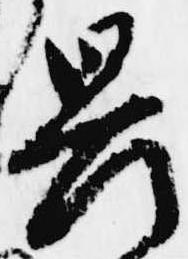
畏